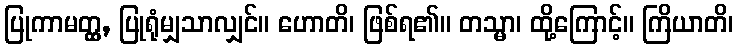
ပြုကာမတ္တ္ထ, ပြုရုံမျှသာလျှင်။ ဟောတိ၊ ဖြစ်ရ၏။ တသ္မာ၊ ထို့ကြောင့်။ ကြိယာတိ၊